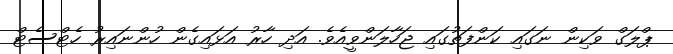
ޕްލަގް ވަކިން ނަގައި ކަންފަތުގައިި ޖަހާލަންވީއެވެ. އަދި ހާރު އަޅައިގެން ހުންނައިރު ހެޓްސެޓް